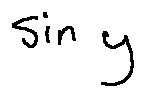
\sin y